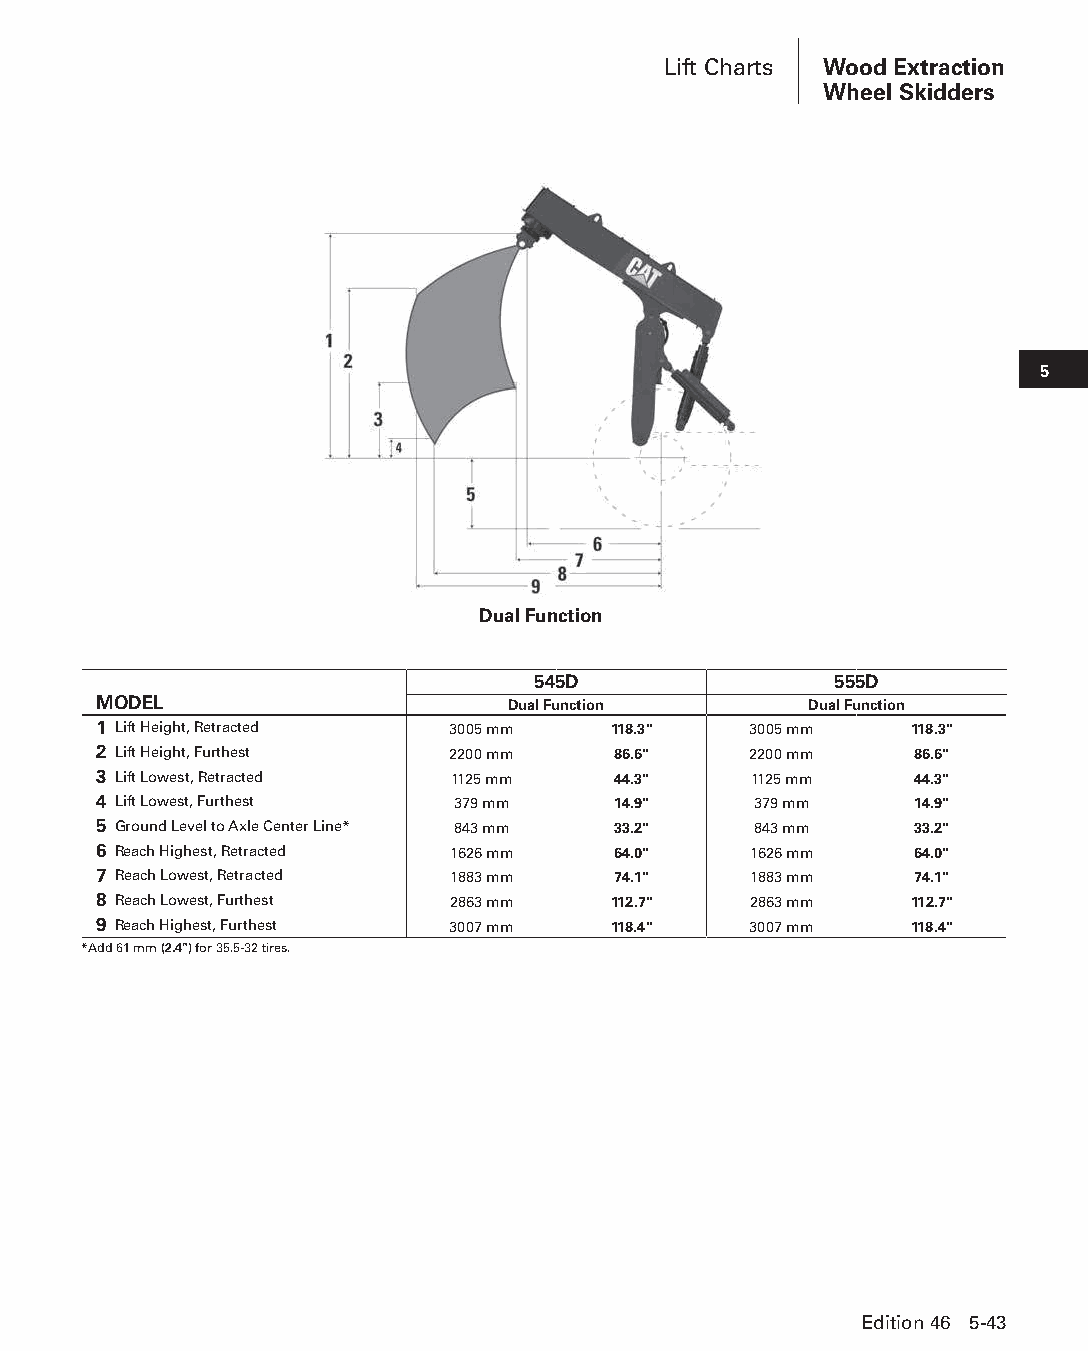
Lift Charts Wood Extraction
 Wheel Skidders
 5
 Dual Function
 545D                555D
 MODEL                      Dual Function       Dual Function
 1 Lift Height, Retracted 3005 mm  118.3"   3005 mm    118.3"
 2 Lift Height, Furthest 2200 mm   86.6"    2200 mm    86.6"
 3 Lift Lowest, Retracted 1125 mm  44.3"    1125 mm    44.3"
 4 Lift Lowest, Furthest 379 mm    14.9"    379 mm     14.9"
 5 Ground Level to Axle Center Line* 843 mm 33.2" 843 mm 33.2"
 6 Reach Highest, Retracted 1626 mm 64.0"   1626 mm    64.0"
 7 Reach Lowest, Retracted 1883 mm 74.1"    1883 mm    74.1"
 8 Reach Lowest, Furthest 2863 mm  112.7"   2863 mm    112.7"
 9 Reach Highest, Furthest 3007 mm 118.4"   3007 mm    118.4"
 *Add 61 mm (2.4") for 35.5-32 tires.
 Edition 46 5-43
 PPHHBB--SSeecc0055--1166..iinndddd 4433                        1122//44//1155 22::1188 PPMM